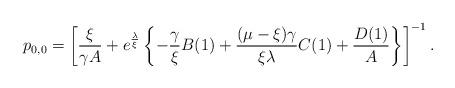
LaTeX: \begin{align*}p_{0,0} = \left[ \dfrac{\xi}{\gamma A} + e^{\frac{\lambda}{\xi}} \left\lbrace -\frac{\gamma}{\xi} B(1) + \frac{( \mu-\xi)\gamma}{\xi \lambda} C(1) + \frac{D(1)}{A} \right\rbrace \right]^{-1}.\end{align*}